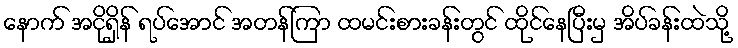
နောက် အငိုရှိန် ရပ်အောင် အတန်ကြာ ထမင်းစားခန်းတွင် ထိုင်နေပြီးမှ အိပ်ခန်းထဲသို့